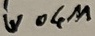
Text: W04M